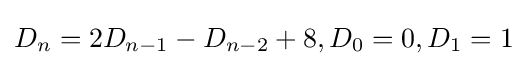
D_{n}=2D_{n-1}-D_{n-2}+8,D_{0}=0,D_{1}=1